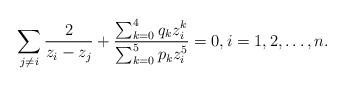
LaTeX: \begin{align*} \sum_{j\ne i} \frac{2}{z_i-z_j} + \frac{\sum_{k=0}^4 q_k z_i^k}{\sum_{k=0}^5 p_k z_i^5} = 0, i=1, 2, \ldots, n.\end{align*}